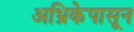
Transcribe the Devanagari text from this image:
अभ्रिकेपासून